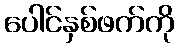
ပေါင်နှစ်ဖက်ကို